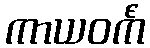
ကာယဝင်္ကံ